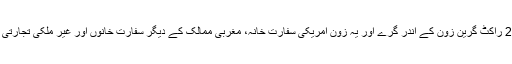
خبر ایجنسی کے مطابق عراقی فوج کی جانب سے بتایا گیا ہے کہ کٹیوشا کے 2 راکٹ گرین زون کے اندر گرے اور یہ زون امریکی سفارت خانہ، مغربی ممالک کے دیگر سفارت خانوں اور غیر ملکی تجارتی مراکز پر مشتمل ہے تاہم اس حملے میں کسی جانی نقصان کی اطلاع نہیں ملی۔